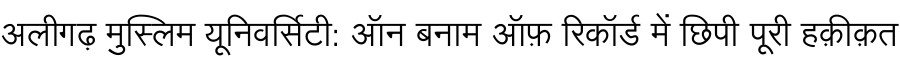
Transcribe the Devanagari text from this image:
अलीगढ़ मुस्लिम यूनिवर्सिटी: ऑन बनाम ऑफ़ रिकॉर्ड में छिपी पूरी हक़ीक़त